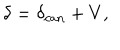
\delta = \delta _ { \mathrm { c a n } } + V ,